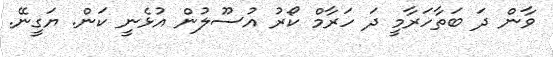
ވާން ދަ ބަތާހަރާމީ ދަ ހަރާމް ކޯރު އުސޫލުން އުޅެނީ ކަން. ޔަގީނޭ.